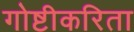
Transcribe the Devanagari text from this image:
गोष्टीकरिता